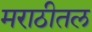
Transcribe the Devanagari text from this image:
मराठीतल